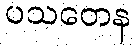
ပသတေန